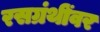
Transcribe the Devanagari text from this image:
रसग्रंथींवर